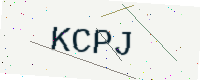
Text: KCPJ